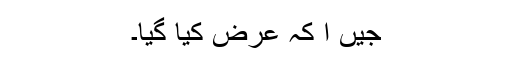
جیں ا کہ عرض کیا گیا۔